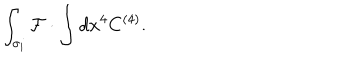
\int _ { \sigma _ { i } } { \cal F } \cdot \int d x ^ { 4 } C ^ { ( 4 ) } .